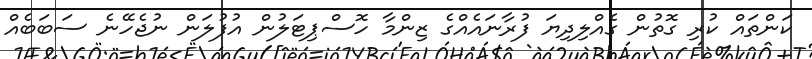
ކަންތައް ކުރި ގޮތުން ގެއްލިދިޔަ ފުރާނައެއްގެ ޒިންމާ ހޮސްޕިޓަލުން އުފުލަން ނުޖެހޭނެ ސަބަބެއް